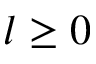
l \geq 0